Scientific memoirs by medical officers of the Army of India - Part X,
Year: 1897
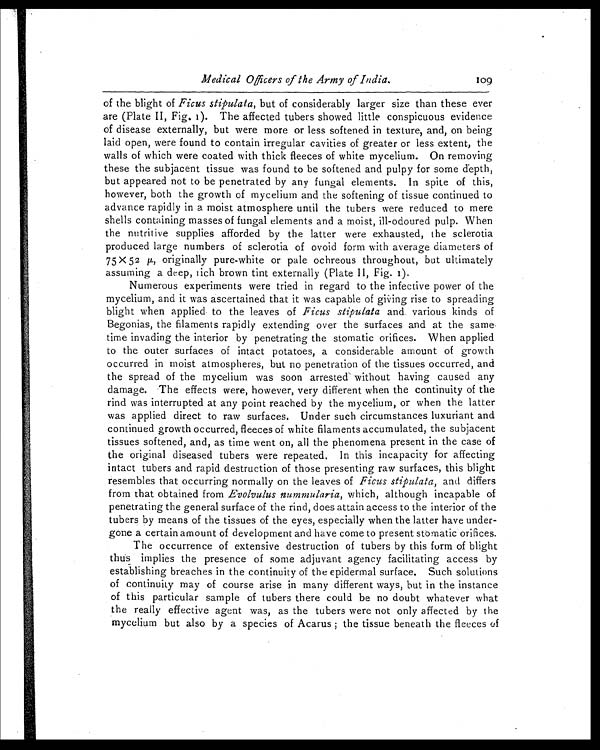
Medical Officers ofthe Army of India.
109
of the blight of Ficus stipulata, but of considerably larger size than these ever
are (Plate II, Fig. 1). The affected tubers showed little conspicuous evidence
of disease externally, but were more or less softened in texture, and, on being
laid open, were found to contain irregular cavities of greater or less extent, the
walls of which were coated with thick fleeces of white mycelium. On removing
these the subjacent tissue was found to be softened and pulpy for some depth,
but appeared not to be penetrated by any fungal elements. In spite of this,
however, both the growth of mycelium and the softening of tissue continued to
advance rapidly in a moist atmosphere until the tubers were reduced to mere
shells containing masses of fungal elements and a moist, ill-odoured pulp. When
the nutritive supplies afforded by the latter were exhausted, the sclerotia
produced large numbers of sclerotia of ovoid form with average diameters of
75 X 52 µ, originally pure-white or pale ochreous throughout, but ultimately
assuming a deep, rich brown tint externally (Plate II, Fig. 1).
Numerous experiments were tried in regard to the infective power of the
mycelium, and it was ascertained that it was capable of giving rise to spreading
blight when applied to the leaves of Ficus stipulata and various kinds of
Begonias, the filaments rapidly extending over the surfaces and at the same
time invading the interior by penetrating the stomatic orifices. When applied
to the outer surfaces of intact potatoes, a considerable amount of growth
occurred in moist atmospheres, but no penetration of the tissues occurred, and
the spread of the mycelium was soon arrested without having caused any
damage. The effects were, however, very different when the continuity of the
rind was interrupted at any point reached by the mycelium, or when the latter
was applied direct to raw surfaces. Under such circumstances luxuriant and
continued growth occurred, fleeces of white filaments accumulated, the subjacent
tissues softened, and, as time went on, all the phenomena present in the case of
the original diseased tubers were repeated. In this incapacity for affecting
intact tubers and rapid destruction of those presenting raw surfaces, this blight
resembles that occurring normally on the leaves of Ficus stipulata, and differs
from that obtained from Evolvulus nummularia, which, although incapable of
penetrating the general surface of the rind, does attain access to the interior of the
tubers by means of the tissues of the eyes, especially when the latter have under
-
gone a certain amount of development and have come to present somatic orifices.
The occurrence of extensive destruction of tubers by this form of blight
thus implies the presence of some adjuvant agency facilitating access by
establishing breaches in the continuity of the epidermal surface. Such solutions
of continuity may of course arise in many different ways, but in the instance
of this particular sample of tubers there could be no doubt whatever what
the really effective agent was, as the tubers were not only affected by the
mycelium but also by a species of Acarus ; the tissue beneath the fleeces of